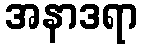
အနာဒရာ